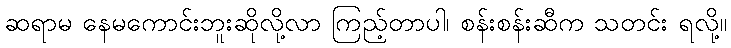
ဆရာမ နေမကောင်းဘူးဆိုလို့လာ ကြည့်တာပါ၊ စန်းစန်းဆီက သတင်း ရလို့။